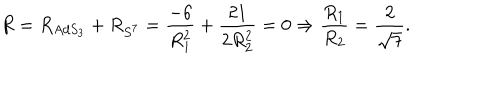
R = R _ { A d S _ { 3 } } + R _ { S ^ { 7 } } = { \frac { - 6 } { R _ { 1 } ^ { 2 } } } + { \frac { 2 1 } { 2 R _ { 2 } ^ { 2 } } } = 0 \Rightarrow { \frac { R _ { 1 } } { R _ { 2 } } } = { \frac { 2 } { \sqrt { 7 } } } .